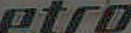
atro